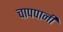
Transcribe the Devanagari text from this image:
चापपानी